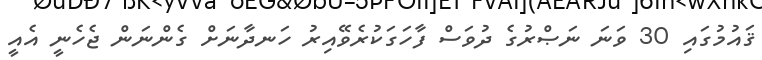
ޤައުމުގައި 30 ވަނަ ނަޞްރުގެ ދުވަސް ފާހަގަކުރެވޭއިރު ހަނދާނަށް ގެންނަން ޖެހެނީ އެއީ